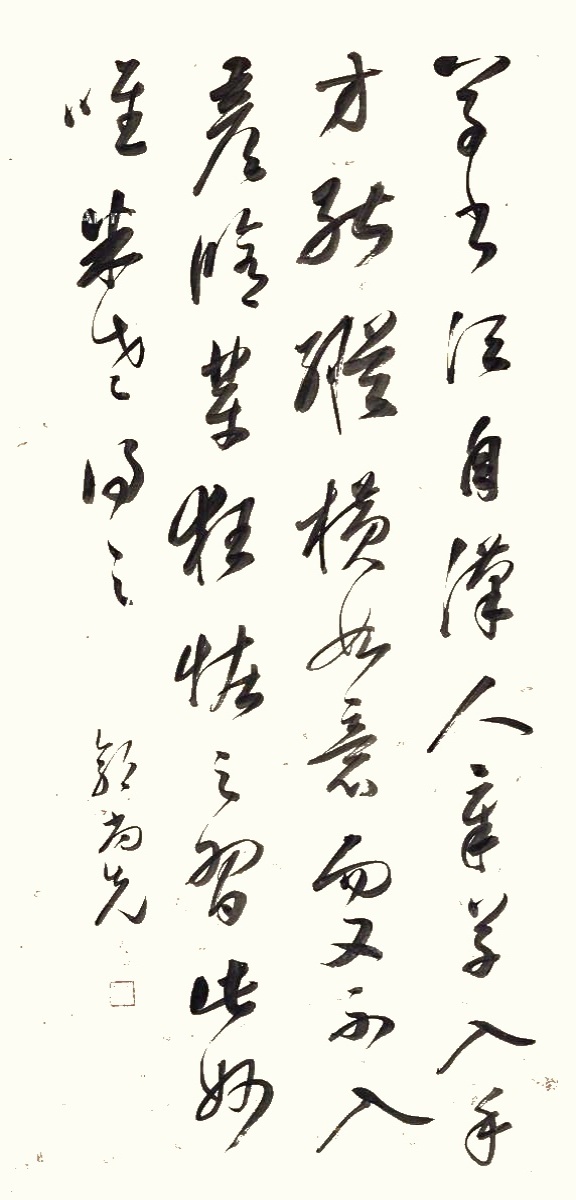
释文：草书须自汉人章草入手，才能纵横如意，而又不入彦修辈狂恠之习，此妙唯米老得之。郭尚先。